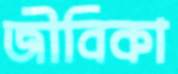
জীবিকা